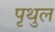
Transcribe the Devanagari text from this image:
पृथुल